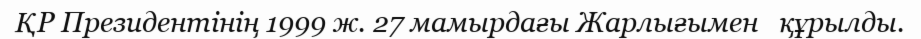
ҚР Президентінің 1999 ж. 27 мамырдағы Жарлығымен   құрылды.